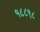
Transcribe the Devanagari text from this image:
१८८९८